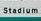
stadiumm